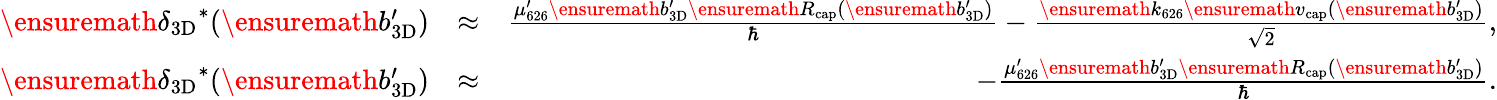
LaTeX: \begin{array}{rlr}{\ensuremath{\delta_{\mathrm{3D}}}^{*}(\ensuremath{b_{\mathrm{3D}}^{\prime}})}&{\approx}&{\frac{\mu_{626}^{\prime}\ensuremath{b_{\mathrm{3D}}^{\prime}}\ensuremath{R_{\mathrm{cap}}}(\ensuremath{b_{\mathrm{3D}}^{\prime}})}{\hbar}-\frac{\ensuremath{k_{626}}\ensuremath{v_{\mathrm{cap}}}(\ensuremath{b_{\mathrm{3D}}^{\prime}})}{\sqrt{2}},}\\ {\ensuremath{\delta_{\mathrm{3D}}}^{*}(\ensuremath{b_{\mathrm{3D}}^{\prime}})}&{\approx}&{-\frac{\mu_{626}^{\prime}\ensuremath{b_{\mathrm{3D}}^{\prime}}\ensuremath{R_{\mathrm{cap}}}(\ensuremath{b_{\mathrm{3D}}^{\prime}})}{\hbar}.}\end{array}